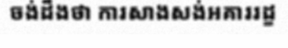
ចង់ដឹងថា ការសាងសង់អគាររដ្ខ